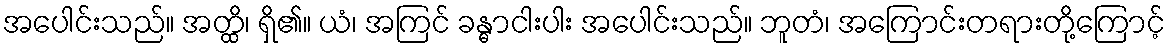
အပေါင်းသည်။ အတ္ထိ၊ ရှိ၏။ ယံ၊ အကြင် ခန္ဓာငါးပါး အပေါင်းသည်။ ဘူတံ၊ အကြောင်းတရားတို့ကြောင့်